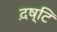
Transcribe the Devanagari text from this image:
द़ष्टि